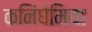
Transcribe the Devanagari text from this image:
कनिंघेमिया